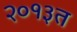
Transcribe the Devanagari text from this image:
२०१३त